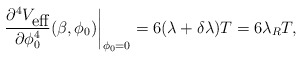
\begin{align*}\left.\frac{\partial^{4}V_{\mbox{eff}}}{\partial \phi_{0}^{4}}(\beta,\phi_{0})\right|_{\phi_{0}=0}=6(\lambda +\delta\lambda)T=6\lambda_{R}T,\end{align*}